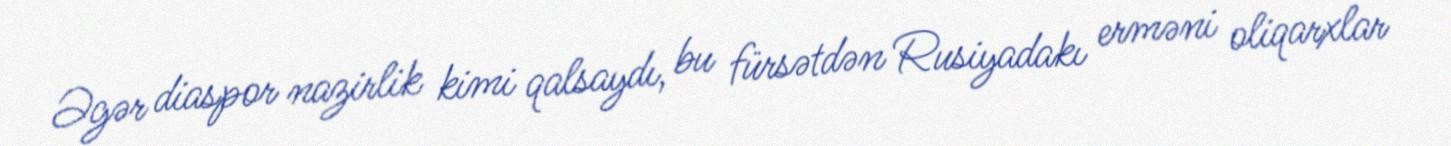
Əgər diaspor nazirlik kimi qalsaydı, bu fürsətdən Rusiyadakı erməni oliqarxlar